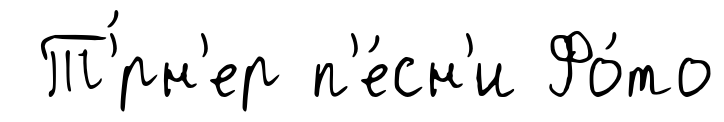
Т'́рн'ер п'е́сн'и Фо́то